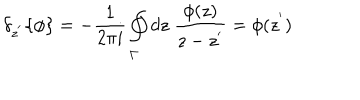
{ \delta } _ { z ^ { ' } } \{ \phi \} = - \frac { 1 } { 2 \pi i } \oint _ { \Gamma } d z \; \frac { \phi ( z ) } { z - z ^ { ' } } = \phi ( z ^ { ' } )